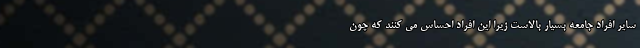
سایر افراد جامعه بسیار بالاست زیرا این افراد احساس می کنند که چون